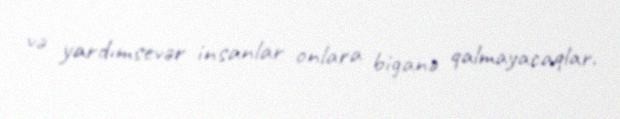
və yardımsevər insanlar onlara biganə qalmayacaqlar.